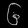
Digit: ၆